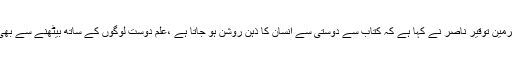
23 مئی2018ء) الحمراء آرٹس کونسل کے چیئرمین توقیر ناصر نے کہا ہے کہ کتاب سے دوستی سے انسان کا ذہن روشن ہو جاتا ہے ،علم دوست لوگوں کے ساتھ بیٹھنے سے بھی لوگوں میں تمیز اور تہذیب کا شعور آجاتا ہے ۔